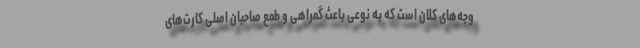
وجه‌های کلان است که به نوعی باعث گمراهی و طمع صاحبان اصلی کارت‌های